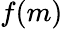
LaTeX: f(m)